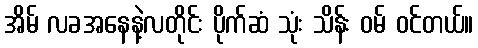
အိမ် လခအနေနဲ့လတိုင်း ပိုက်ဆံ သုံး သိန်း ဝမ် ဝင်တယ်။